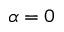
\alpha = 0